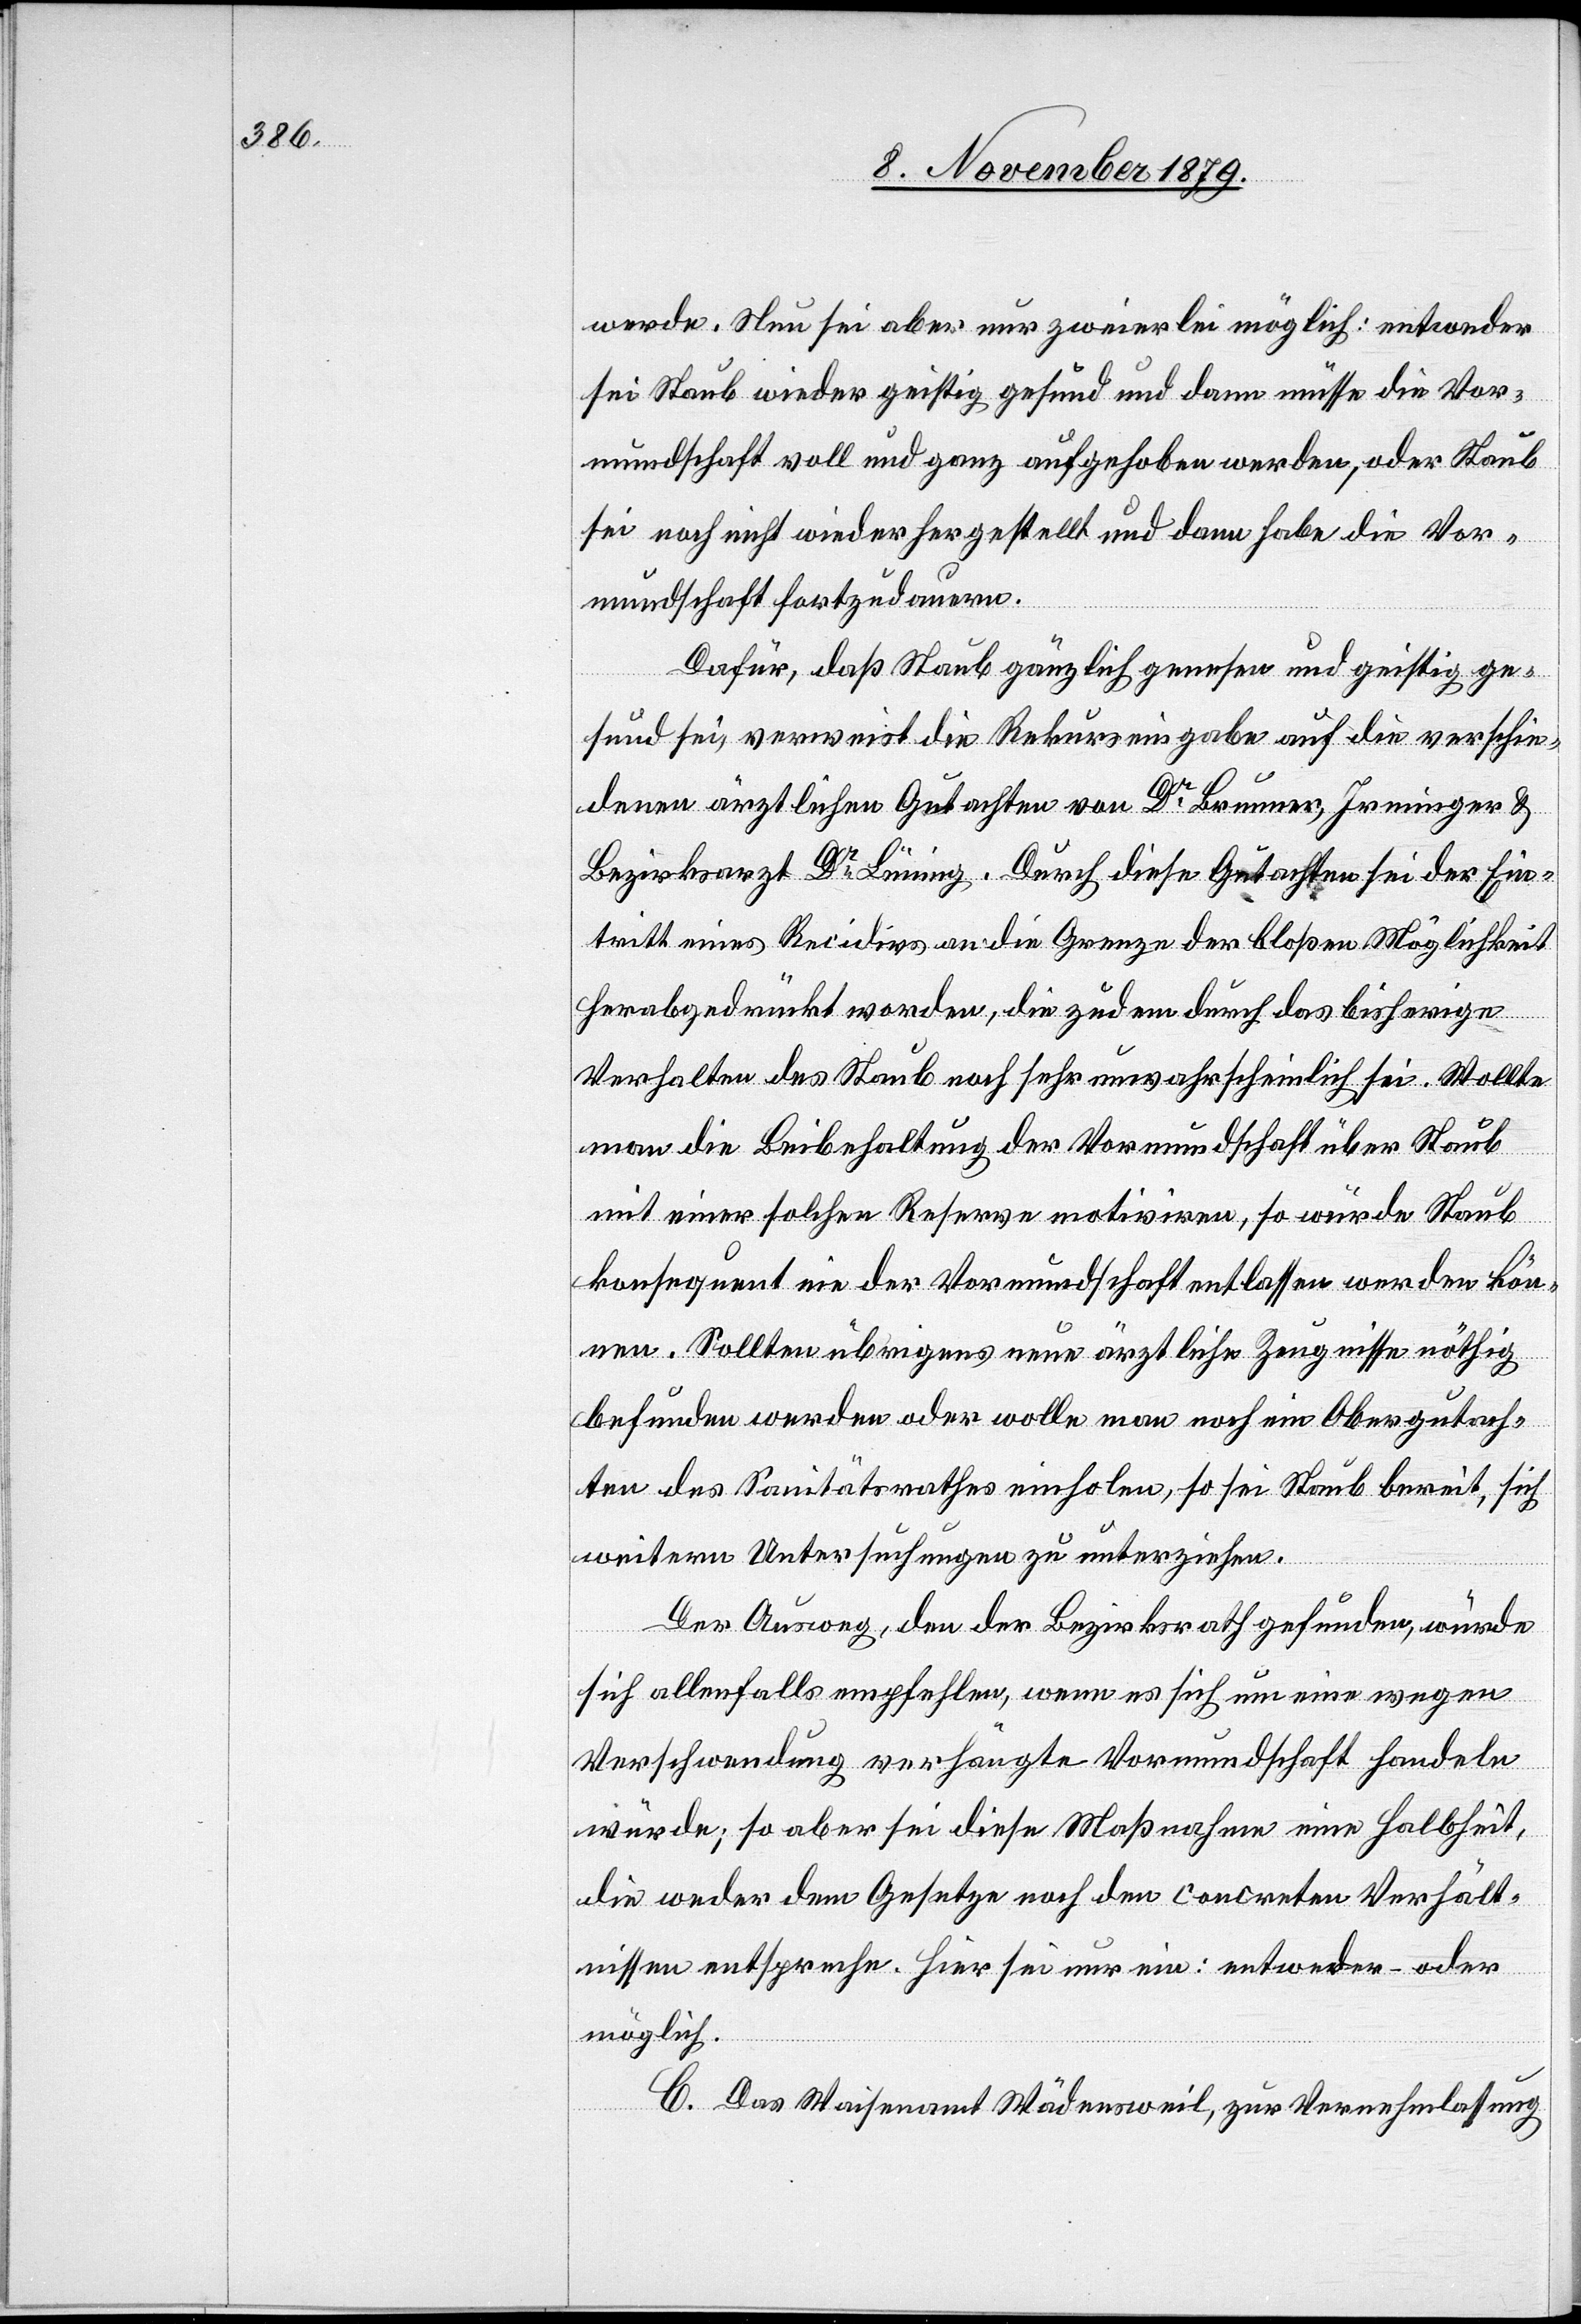
werde. Neu sei aber nur zweierlei möglich: entweder
sei Staub wieder geistig gesund und dann müsse die Vor¬
mundschaft voll und ganz aufgehoben werden, oder Staub
sei noch nicht wieder hergestellt und dann habe die Vor¬
mundschaft fortzudauern.
Dafür, daß Staub gänzlich genesen und geistig ge¬
sund sei, verweist die Rekurseingabe auf die verschie¬
denen ärztlichen Gutachten von Dr Brunner, Irminger &
Bezirksarzt Dr Lüning. Durch diese Gutachten sei der Ein¬
tritt eines Recidivs an die Grenze der bloßen Möglichkeit
herabgedrückt worden, die zudem durch das bisherige
Verhalten des Staub noch sehr unwahrscheinlich sei. Wollte
man die Beibehaltung der Vormundschaft über Staub
so
konsequent nie der Vormundschaft entlassen werden kön¬
nen. Sollten übrigens neue ärztliche Zeugnisse nöthig
befunden werden oder wolle man noch ein Obergutach¬
ten des Sanitätsrathes einholen, so sei Staub bereit, sich
weitern Untersuchungen zu unterziehen.
Der Ausweg, den der Bezirksrath gefunden, würde
sich allenfalls empfehlen, wenn es sich um eine wegen
Verschwendung verhängte Vormundschaft handeln
würde; so aber sei diese Maßnahme eine Halbheit
die weder dem Gesetze noch den concreten Verhält¬
nissen entspreche. Hier sei nur ein: entweder – oder
möglich.
C. Das Waisenamt Wädensweil, zur Vernehmlassung